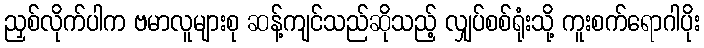
ညှစ်လိုက်ပါက ဗမာလူများစု ဆန့်ကျင်သည်ဆိုသည့် လျှပ်စစ်ရုံးသို့ ကူးစက်ရောဂါပိုး